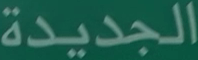
الجديدة